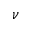
\nu